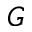
G